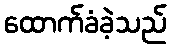
ထောက်ခံခဲ့သည်